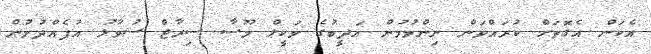
އެކަން އެގޮތަށް ކުރައްވަން ނިންމުމުން އަދީބުގެ ވަކީލް މޫސާ ސިރާޖް ސުވާލު އުފެއްދުމުން